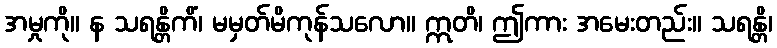
အမှုကို။ န သရန္တိကိံ၊ မမှတ်မိကုန်သလော။ ဣတိ၊ ဤကား အမေးတည်း။ သရန္တိ၊